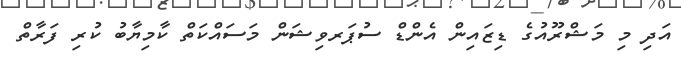
އަދި މި މަޝްރޫއުގެ ޑިޒައިން އެންޑް ސުޕަރވިޝަން މަސައްކަތް ކާމިޔާބު ކުރި ފަރާތް